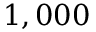
1 , 0 0 0